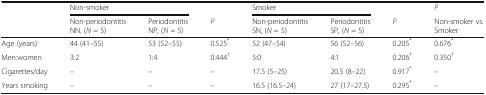
<table><thead><tr><td></td><td colspan="2"><b>Non-smoker</b></td><td></td><td colspan="2"><b>Smoker</b></td><td></td><td><b><i>P</i></b></td></tr><tr><td></td><td><b>Non-periodontitisNN, (<i>N</i> = 5)</b></td><td><b>PeriodontitisNP, (<i>N</i> = 5)</b></td><td><b><i>P</i></b></td><td><b>Non-periodontitisSN, (<i>N</i> = 5)</b></td><td><b>PeriodontitisSP, (<i>N</i> = 5)</b></td><td><b><i>P</i></b></td><td><b>Non-smoker vs. Smoker</b></td></tr></thead><tbody><tr><td>Age (years)</td><td>44 (41–55)</td><td>53 (52–55)</td><td>0.525<sup>*</sup></td><td>52 (47–54)</td><td>56 (52–56)</td><td>0.205<sup>*</sup></td><td>0.676<sup>*</sup></td></tr><tr><td>Men:women</td><td>3:2</td><td>1:4</td><td>0.444<sup>†</sup></td><td>5:0</td><td>4:1</td><td>0.206<sup>†</sup></td><td>0.350<sup>†</sup></td></tr><tr><td>Cigarettes/day</td><td>–</td><td>–</td><td>–</td><td>17.5 (5–25)</td><td>20.5 (8–22)</td><td>0.917<sup>*</sup></td><td>–</td></tr><tr><td>Years smoking</td><td>–</td><td>–</td><td>–</td><td>16.5 (16.5–24)</td><td>27 (17–27.5)</td><td>0.295<sup>*</sup></td><td>–</td></tr></tbody></table>